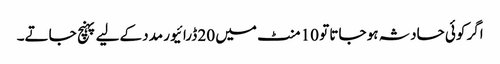
اگر کوئی حادثہ ہو جاتا تو 10 منٹ میں 20 ڈرائیور مدد کےلیے پہنچ جاتے۔